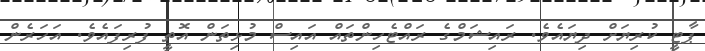
ޕާޓީ ކުރިޔަށް ދިޔައެވެ. ރައިޝަމްގެ ރައްޓެހިންތައް އައިސް މުޅިތަން އޮތީ ފުރިފައެވެ. އަހަރެން